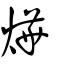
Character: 㷸